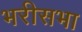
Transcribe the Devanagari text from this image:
भरीसभा